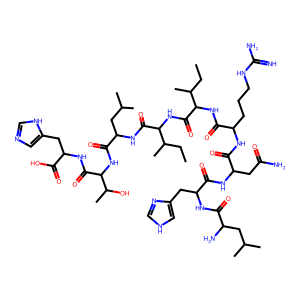
SMILES: CCC(C)C(NC(=O)C(CCCNC(=N)N)NC(=O)C(CC(N)=O)NC(=O)C(Cc1c[nH]cn1)NC(=O)C(N)CC(C)C)C(=O)NC(C(=O)NC(CC(C)C)C(=O)NC(C(=O)NC(Cc1cnc[nH]1)C(=O)O)C(C)O)C(C)CC
Inhibits HIV replication: No